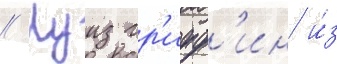
// Луиз гр'ифф'ин и́з